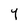
Character: Y